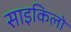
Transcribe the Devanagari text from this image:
साइकिलो